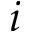
i